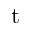
\mathrm { t }